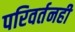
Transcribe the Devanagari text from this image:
परिवर्तनही